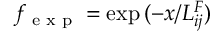
f _ { \textrm { e x p } } = \exp { ( - x / L _ { i j } ^ { F } ) }